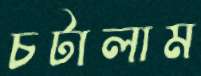
চটালাম